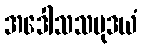
အဒေါသသမုဒယံ